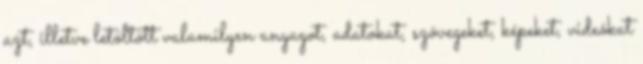
azt, illetve letöltött valamilyen anyagot, adatokat, szövegeket, képeket, videókat